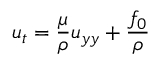
u _ { t } = \frac { \mu } { \rho } u _ { y y } + \frac { f _ { 0 } } { \rho }